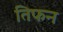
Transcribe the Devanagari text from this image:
तिफन